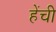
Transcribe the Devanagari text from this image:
हेंची